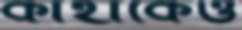
কাহাকেও